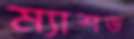
ম্যাশড